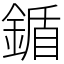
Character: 鍎